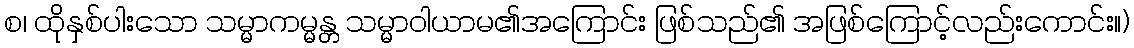
စ၊ ထိုနှစ်ပါးသော သမ္မာကမ္မန္တ သမ္မာဝါယာမ၏အကြောင်း ဖြစ်သည်၏ အဖြစ်ကြောင့်လည်းကောင်း။)